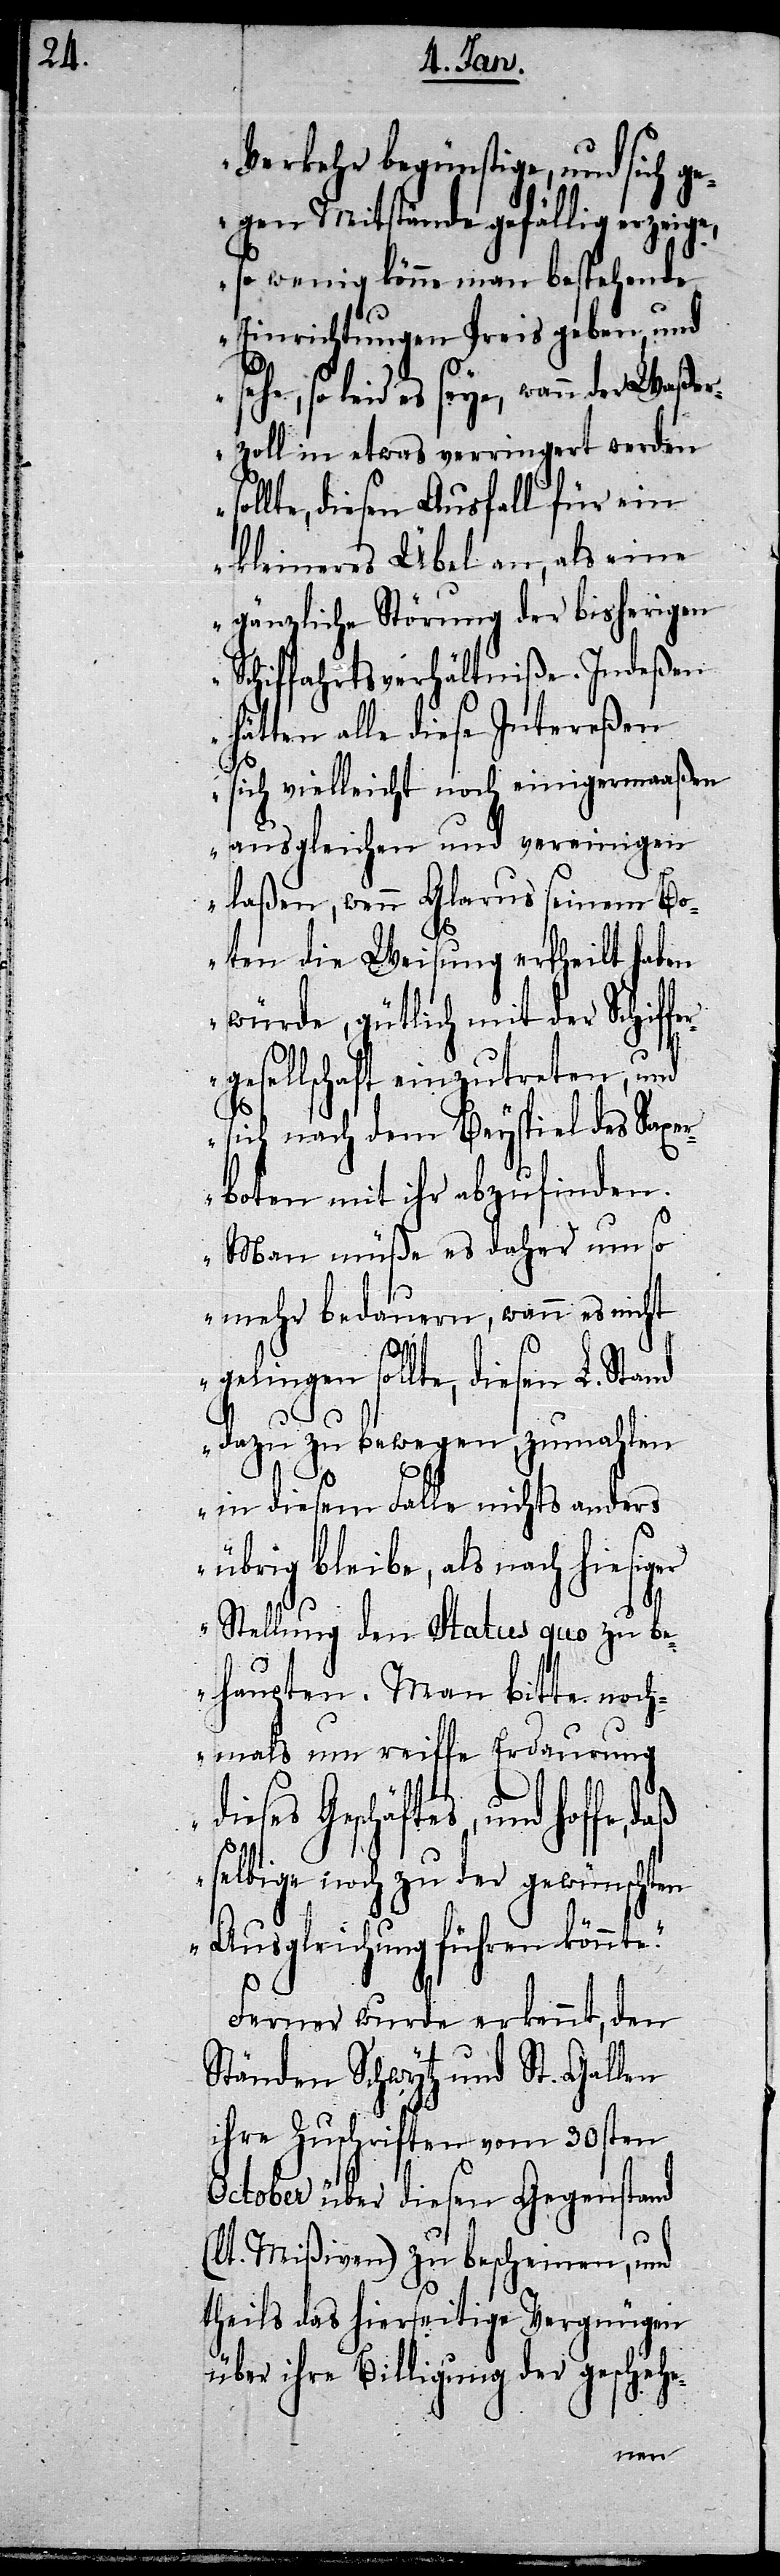
Verkehr begünstige, und sich ge¬
gen Mitstände gefällig erzeige,
so wenig könne man bestehende
Einrichtungen Preis geben, und
(l¬
sehe, so leid es seye, wann der Waßer¬
zoll in etwas verringert werden
llte, diesen Ausfall für ein
kleineres Übel an, als eine
gänzliche Störung der bisherigen
Schiffahrtsverhältniße. Indeßen
hätten alle diese Intereßen
sich vielleicht noch einigermaaßen
ausgleichen und vereinigen
laßen, wenn Glarus seinem Bo¬
ten die Weisung ertheilt haben
würde, gütlich mit der Schiffe¬
gesellschaft einzutreten, und
sich nach dem Beyspiel des Saxer¬
boten mit ihr abzufinden.
Man müße es daher um so
mehr bedauern, wann es nicht
gelingen sollte, diesen L. Stand
dazu zu bewegen, zumahlen
in diesem Falle nichts anders
übrig bleibe, als nach hiesig¬
er Stellung den Status quo zu b¬
ehaupten. Man bitte noch¬
mals um reiffe Erdaurung
Geschäftes, und hoffe,
selbige noch zu der gewünschten
Ausgleichung führen könnt¬
Ferner wurde erkennt, den
Ständen Schwytz und St. Gallen
ihre Zuschriften vom 30sten
October über diesen Gegenstand
t. Mißiven) zu bescheinen, und
theils das hierseitige Vergnügen
über ihre Billigung der geschehe-